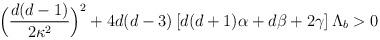
LaTeX: \begin{align*}\Big(\frac{d(d-1)}{2\kappa^2}\Big)^2+4d(d-3)\left[d(d+1)\alpha+d\beta+2\gamma\right]\Lambda_b>0\end{align*}